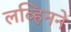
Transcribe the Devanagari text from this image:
लव्हिनने